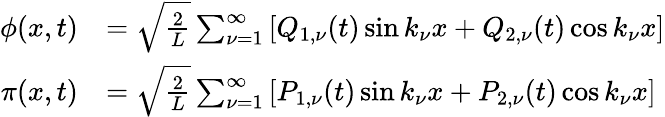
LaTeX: \begin{array}{rl}{\phi(x,t)}&{=\sqrt{\frac{2}{L}}\sum_{\nu=1}^{\infty}\left[Q_{1,\nu}(t)\sin k_{\nu}x+Q_{2,\nu}(t)\cos k_{\nu}x\right]}\\ {\pi(x,t)}&{=\sqrt{\frac{2}{L}}\sum_{\nu=1}^{\infty}\left[P_{1,\nu}(t)\sin k_{\nu}x+P_{2,\nu}(t)\cos k_{\nu}x\right]}\end{array}